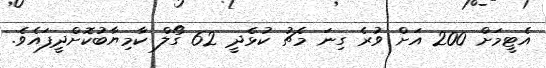
އެޓީމަށް 200 އަށް ވުރެ ގިނަ މެޗު ކުޅެދީ 62 ގޯލް ކާމިޔާބުކޮށްދީފައެވެ.